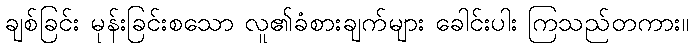
ချစ်ခြင်း မုန်းခြင်းစသော လူ၏ခံစားချက်များ ခေါင်းပါး ကြသည်တကား။